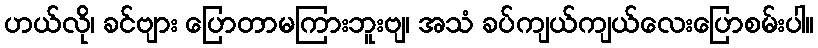
ဟယ်လို၊ ခင်ဗျား ပြောတာမကြားဘူးဗျ၊ အသံ ခပ်ကျယ်ကျယ်လေးပြောစမ်းပါ။